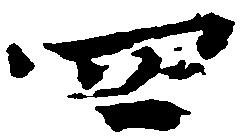
四